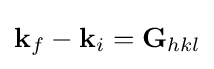
\mathbf {k} _{f}-\mathbf {k} _{i}=\mathbf {G} _{hkl}